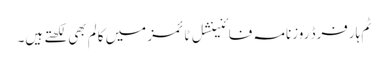
ٹِم ہارفرڈ روزنامہ فائنینشل ٹائمز میں کالم بھی لکھتے ہیں۔